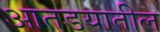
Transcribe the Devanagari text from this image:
आतडयातील